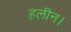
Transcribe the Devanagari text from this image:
हलीन।